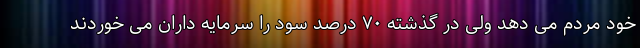
خود مردم می دهد ولی در گذشته ۷۰ درصد سود را سرمایه داران می خوردند